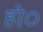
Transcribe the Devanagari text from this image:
हो०